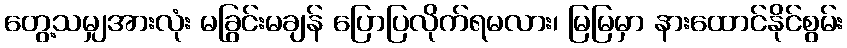
တွေ့သမျှအားလုံး မခြွင်းမချန် ပြောပြလိုက်ရမလား၊ မြမြမှာ နားထောင်နိုင်စွမ်း